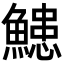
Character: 𮬌